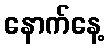
နောက်နေ့